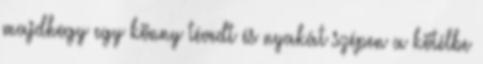
majdhogy egy könny tévedt és nyakát szépen a kötélbe